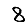
Digit: 8